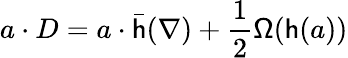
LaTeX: a\cdot D=a\cdot{\bar{\mathsf{h}}}(\nabla)+{\frac{1}{2}}{\mathsf{\Omega}}({\mathsf{h}}(a))